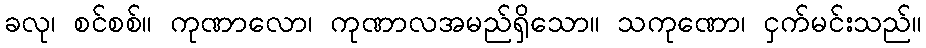
ခလု၊ စင်စစ်။ ကုဏာလော၊ ကုဏာလအမည်ရှိသော။ သကုဏော၊ ငှက်မင်းသည်။